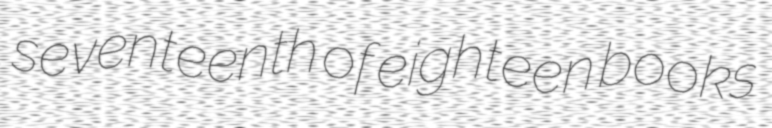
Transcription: seventeenth of eighteen books